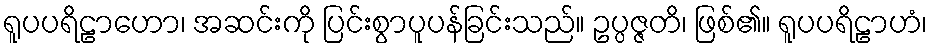
ရူပပရိဠာဟော၊ အဆင်းကို ပြင်းစွာပူပန်ခြင်းသည်။ ဥပ္ပဇ္ဇတိ၊ ဖြစ်၏။ ရူပပရိဠာဟံ၊